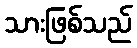
သားဖြစ်သည်